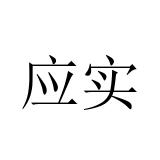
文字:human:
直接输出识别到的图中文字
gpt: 应实